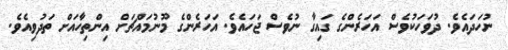
ނުހަދައެވެ. ދުވަހަކުވެސް އަހަރެންގެ ގައިގާ ނުވެސް ޖަހައެވެ. އަހަރެންގެ މޫނުމައްޗަށް އިންތިހާއަށް ތަދުވިއެވެ.